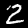
Digit: 2